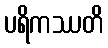
ပရိကဿတိ